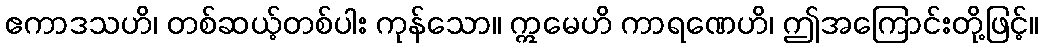
ဧကာဒသဟိ၊ တစ်ဆယ့်တစ်ပါး ကုန်သော။ ဣမေဟိ ကာရဏေဟိ၊ ဤအကြောင်းတို့ဖြင့်။